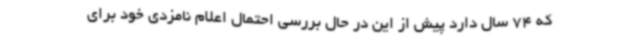
که 74 سال دارد پیش از این در حال بررسی احتمال اعلام نامزدی خود برای